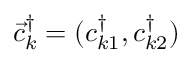
\vec { c } _ { k } ^ { \dagger } = ( c _ { k 1 } ^ { \dagger } , c _ { k 2 } ^ { \dagger } )